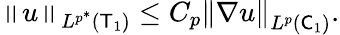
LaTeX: \begin{array}{r}{\left\lVert u\right\rVert_{L^{p^{*}}(\mathsf T_{1})}\le C_{p}\left\lVert\nabla u\right\rVert_{L^{p}(\mathsf C_{1})}.}\end{array}